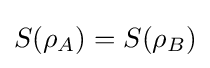
S(\rho _{A})=S(\rho _{B})